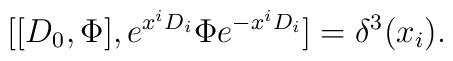
[[D_0,\Phi],e^{x^iD_i}\Phi e^{-x^iD_i}]=\delta^3(x_i).